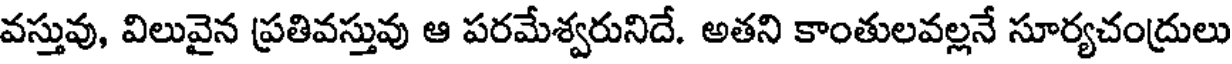
వస్తువు, విలువైన ప్రతివస్తువు ఆ పరమేశ్వరునిదే. అతని కాంతులవల్లనే సూర్యచంద్రులు